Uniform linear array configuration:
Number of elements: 8
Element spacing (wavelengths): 0.5
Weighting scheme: exponential
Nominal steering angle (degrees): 0
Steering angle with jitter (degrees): -1.097
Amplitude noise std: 0.05
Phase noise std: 0.05

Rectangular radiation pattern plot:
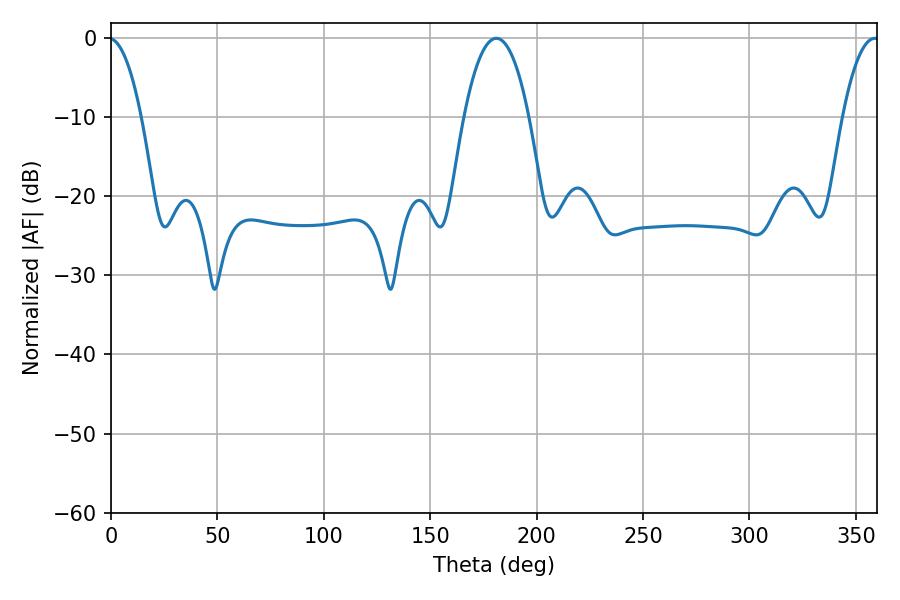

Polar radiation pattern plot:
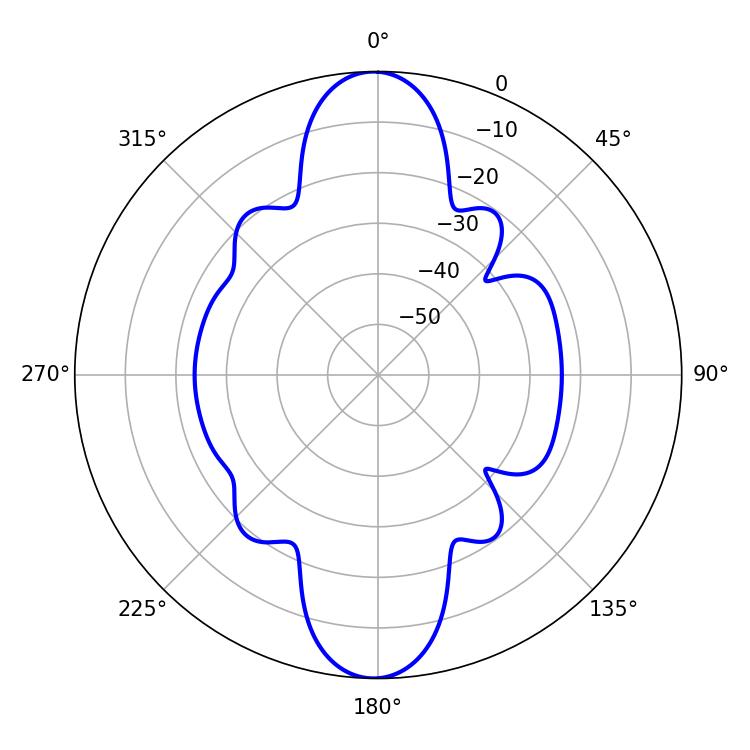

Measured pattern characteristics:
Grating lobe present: FALSE
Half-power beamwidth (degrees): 16.92
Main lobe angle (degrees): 181.08